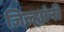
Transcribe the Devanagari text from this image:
जिल्ह्यांनी